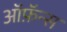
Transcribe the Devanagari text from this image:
ऑफ़ॅन्स